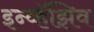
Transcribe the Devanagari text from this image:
इन्व्हॅझिव